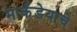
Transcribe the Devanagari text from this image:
मार्कंडेयाचे